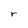
Character: r